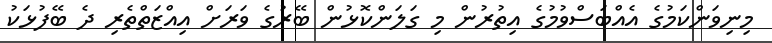
މިނިވަންކަމުގެ އެއްބަސްވުމުގެ އިތުރުން މި ގަލަންކޮޅުން ބޭރުގެ ވަރަށް އިއްޒަތްތެރި ދެ ބޭފުޅަކު